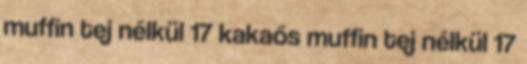
muffin tej nélkül 17 kakaós muffin tej nélkül 17